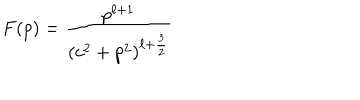
F ( p ) = { \frac { p ^ { \ell + 1 } } { ( c ^ { 2 } + p ^ { 2 } ) ^ { \ell + { \frac { 3 } { 2 } } } } }